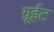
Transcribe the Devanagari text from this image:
ग्रूईट